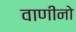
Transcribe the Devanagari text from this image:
वाणीनो